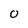
Character: 0